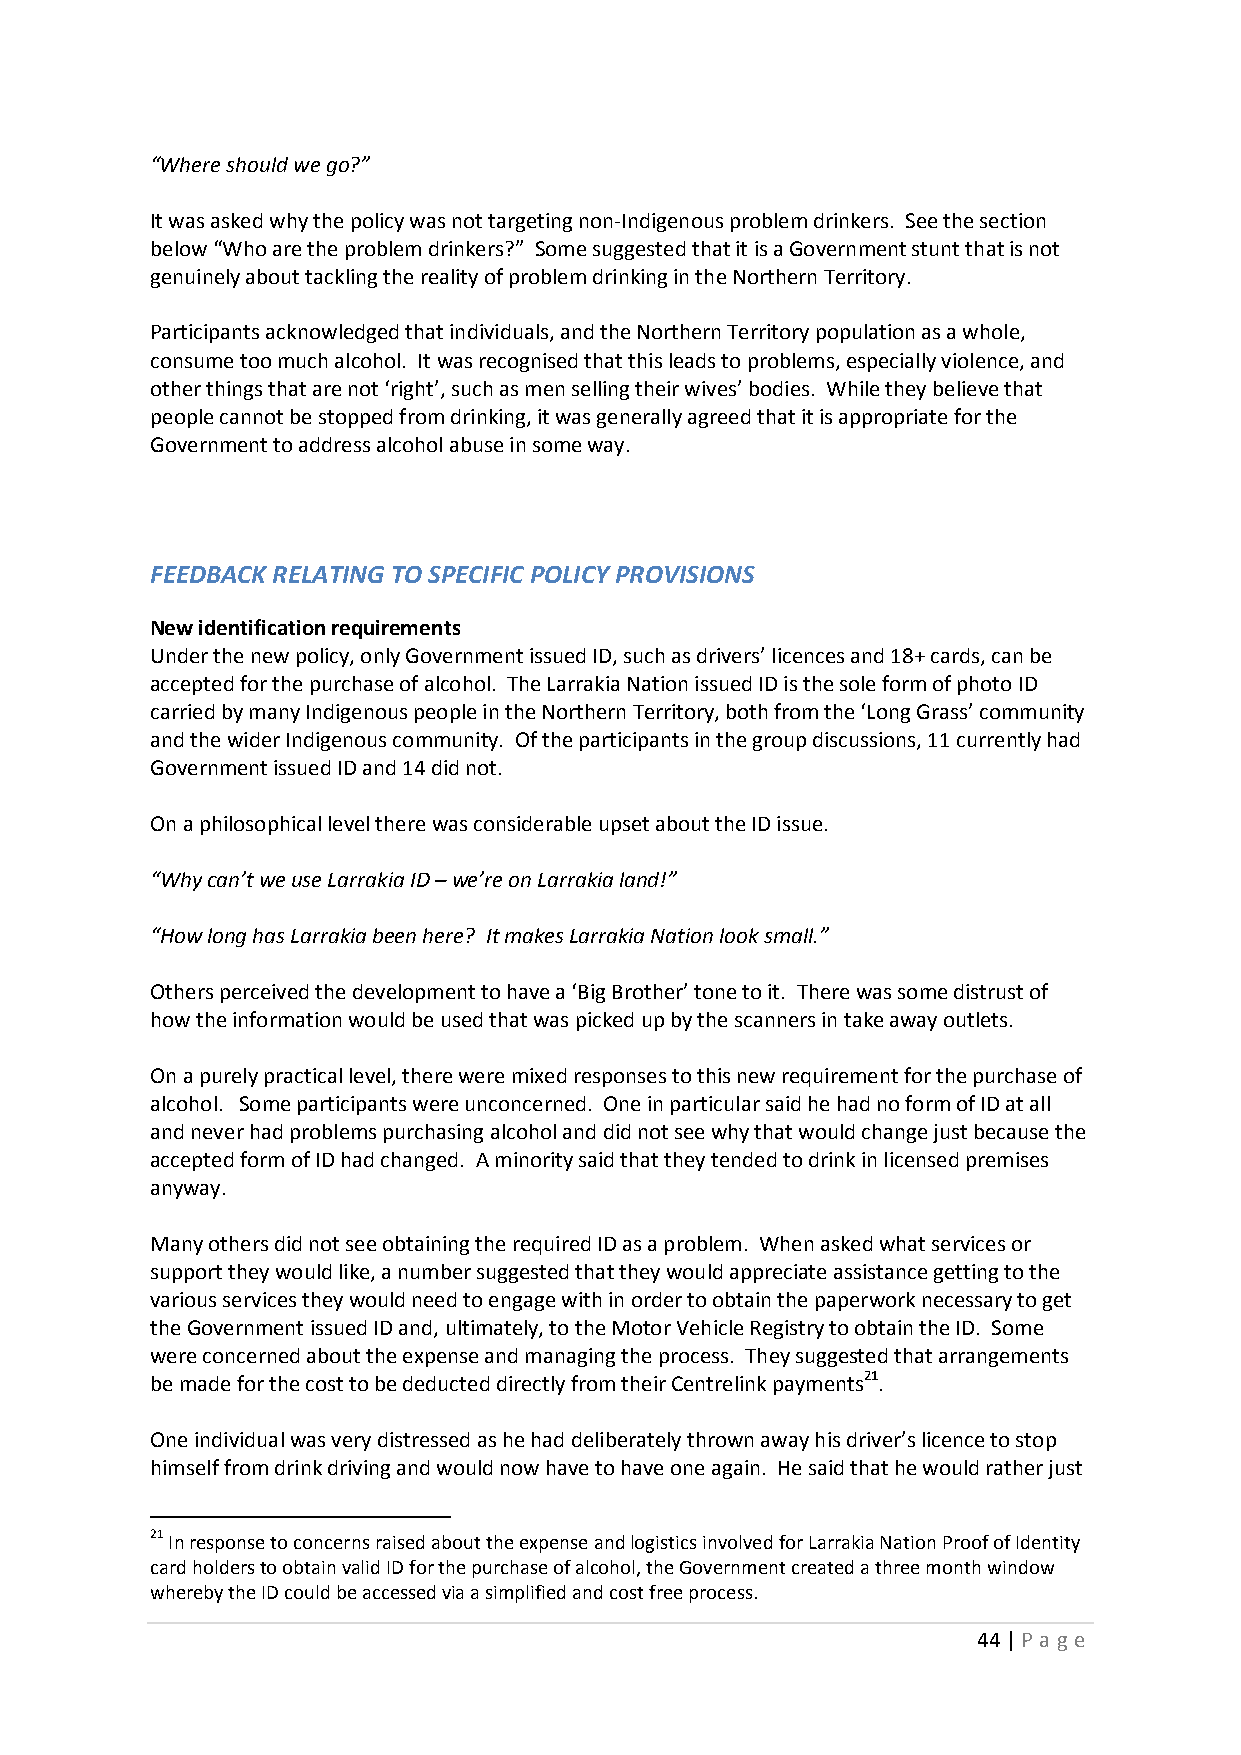
“Where should we go?”
 It was asked why the policy was not targeting non-Indigenous problem drinkers. See the section
 below “Who are the problem drinkers?” Some suggested that it is a Government stunt that is not
 genuinely about tackling the reality of problem drinking in the Northern Territory.
 Participants acknowledged that individuals, and the Northern Territory population as a whole,
 consume too much alcohol. It was recognised that this leads to problems, especially violence, and
 other things that are not ‘right’, such as men selling their wives’ bodies. While they believe that
 people cannot be stopped from drinking, it was generally agreed that it is appropriate for the
 Government to address alcohol abuse in some way.
 FEEDBACK RELATING TO SPECIFIC POLICY PROVISIONS
 New identification requirements
 Under the new policy, only Government issued ID, such as drivers’ licences and 18+ cards, can be
 accepted for the purchase of alcohol. The Larrakia Nation issued ID is the sole form of photo ID
 carried by many Indigenous people in the Northern Territory, both from the ‘Long Grass’ community
 and the wider Indigenous community. Of the participants in the group discussions, 11 currently had
 Government issued ID and 14 did not.
 On a philosophical level there was considerable upset about the ID issue.
 “Why can’t we use Larrakia ID – we’re on Larrakia land!”
 “How long has Larrakia been here? It makes Larrakia Nation look small.”
 Others perceived the development to have a ‘Big Brother’ tone to it. There was some distrust of
 how the information would be used that was picked up by the scanners in take away outlets.
 On a purely practical level, there were mixed responses to this new requirement for the purchase of
 alcohol. Some participants were unconcerned. One in particular said he had no form of ID at all
 and never had problems purchasing alcohol and did not see why that would change just because the
 accepted form of ID had changed. A minority said that they tended to drink in licensed premises
 anyway.
 Many others did not see obtaining the required ID as a problem. When asked what services or
 support they would like, a number suggested that they would appreciate assistance getting to the
 various services they would need to engage with in order to obtain the paperwork necessary to get
 the Government issued ID and, ultimately, to the Motor Vehicle Registry to obtain the ID. Some
 were concerned about the expense and managing the process. They suggested that arrangements
 be made for the cost to be deducted directly from their Centrelink payments21.
 One individual was very distressed as he had deliberately thrown away his driver’s licence to stop
 himself from drink driving and would now have to have one again. He said that he would rather just
 21 In response to concerns raised about the expense and logistics involved for Larrakia Nation Proof of Identity
 card holders to obtain valid ID for the purchase of alcohol, the Government created a three month window
 whereby the ID could be accessed via a simplified and cost free process.
 44 | P age